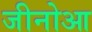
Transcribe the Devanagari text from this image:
जीनोआ